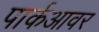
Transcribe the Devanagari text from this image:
पार्कआवर